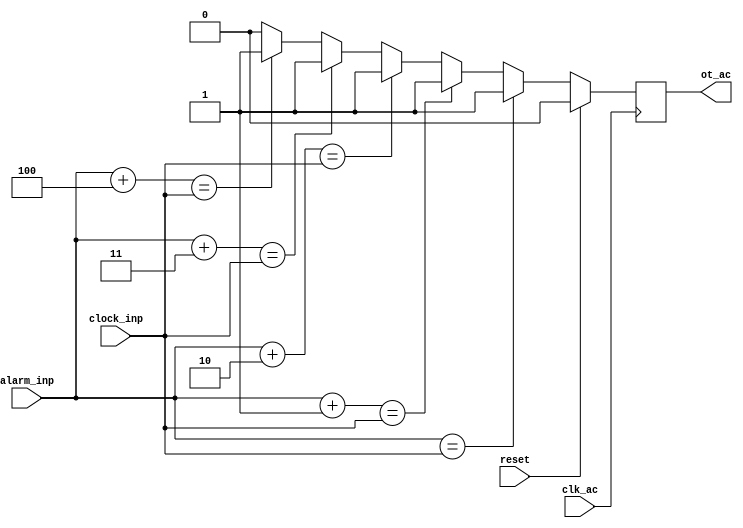
`timescale 1ns / 1ps
//////////////////////////////////////////////////////////////////////////////////
// Company: 
// Engineer: 
// 
// Design Name: 
// Module Name: alarm_check
// Project Name: 
// Target Devices: 
// Tool Versions: 
// Description: 
// 
// Dependencies: 
// 
// Revision:
// Revision 0.01 - File Created
// Additional Comments:
// 
//////////////////////////////////////////////////////////////////////////////////


module alarm_check(
 
    input clk_ac,                 // clock from FPGA (50MHz) through Frequency Divider : ( 50MHz ) / ( 2^24) = 2.98 Hz
    input reset,	 
    input [17:0] clock_inp,	   // 18 bits clock time data : hour, min, sec ; each one is 6 bits
    input [17:0] alarm_inp,	   // 18 bits alarm clock time data : hour, min, sec ; each one is 6 bits
    output reg ot_ac              // alarm signal -> trigger FPGA LED 
);	 
 
    always @ (posedge clk_ac )
        begin
            if (reset)               // reset alarm signal = 0
                begin    
                    ot_ac<=1'b0;
            end

            else if ( alarm_inp == clock_inp )   //  alarm clock time = clock time
                begin
                    ot_ac<=1'b1;                 // alarm signal = 1 ->  trigger FPGA LED 
                end
                
            else if ( alarm_inp+1 == clock_inp ) //  trigger FPGA LED  for 5 clock tiime
                begin
                    ot_ac<=1'b1;    
                end
                
             else if ( alarm_inp+2 == clock_inp ) // do the same thing as previous 
                begin
                    ot_ac<=1'b1;    
                end

            else if ( alarm_inp+3 == clock_inp ) // do the same thing as previous 
                begin
                    ot_ac<=1'b1;    
                end

            else if ( alarm_inp+4 == clock_inp ) // do the same thing as previous 
                begin
                    ot_ac<=1'b1;    
            end		
				  
            else                          // others condition, trun off alarm signal 
                begin
                    ot_ac<=1'b0;          //   alarm signal = 0
                end		   		  
        end	 
 
endmodule